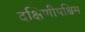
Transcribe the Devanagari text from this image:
दक्षिणीपश्चिम